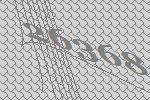
26368